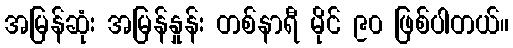
အမြန်ဆုံး အမြန်နှုန်း တစ်နာရီ မိုင် ၉၀ ဖြစ်ပါတယ်။